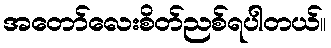
အတော်လေးစိတ်ညစ်ရပါတယ်။